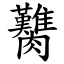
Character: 臡